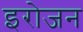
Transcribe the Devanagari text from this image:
इरोजन